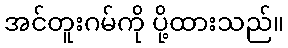
အင်တူးဂမ်ကို ပို့ထားသည်။